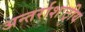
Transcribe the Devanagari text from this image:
अन्तर्राशःट्रीय